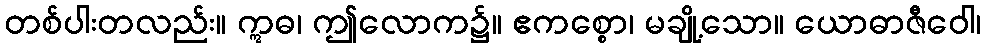
တစ်ပါးတလည်း။ ဣဓ၊ ဤလောက၌။ ဧကစ္စော၊ မချို့သော။ ယောဓာဇီဝေါ၊